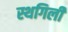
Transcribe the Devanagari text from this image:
स्थगिली